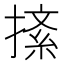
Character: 𢱨